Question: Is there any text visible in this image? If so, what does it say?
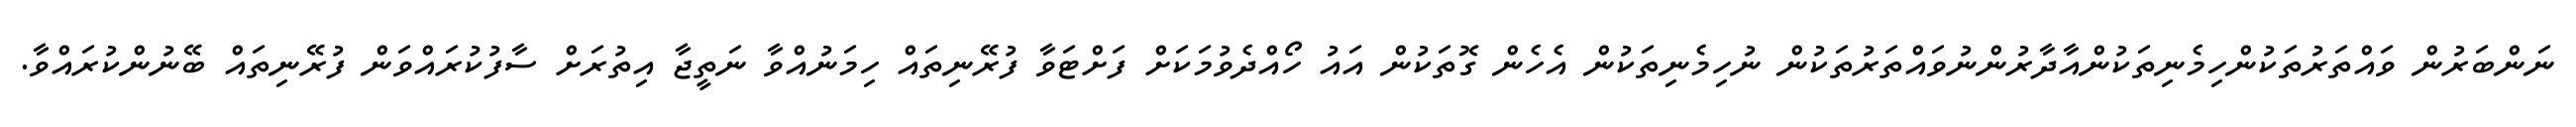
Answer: ނަންބަރުން ވައްތަރުތަކުންހިމެނިތަކުންއާދާރުންނުވައްތަރުތަކުން ނުހިމެނިތަކުން އެހެން ގޮތަކުން އައު ހޯއްދެވުމަކަށް ފަށްޓަވާ ފުރޭނިތައް ހިމަނުއްވާ ނަތީޖާ އިތުރަށް ސާފުކުރައްވަން ފުރޭނިތައް ބޭނުންކުރައްވާ.